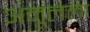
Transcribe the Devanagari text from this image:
अमूलला